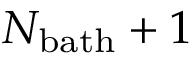
N _ { \mathrm { b a t h } } + 1